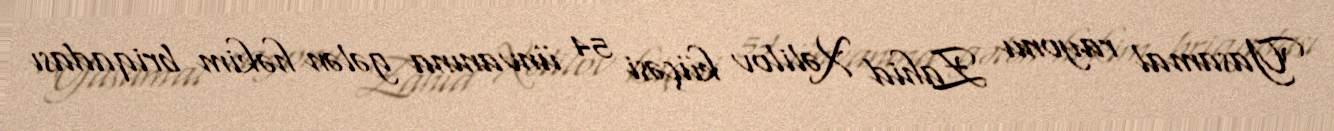
Yasamal rayonu Zahid Xəlilov küçəsi 54 ünvanına gələn həkim briqadası